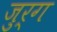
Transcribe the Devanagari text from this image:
जुर्ग